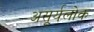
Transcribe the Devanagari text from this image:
असूर्यलोक